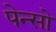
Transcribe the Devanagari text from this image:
पेन्सो